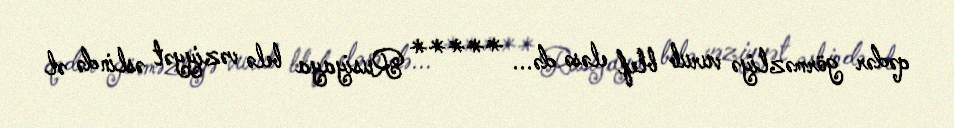
qədər görməzliyə vurub blef eləsə də... ***** Rusiyaya belə vəziyyət əslində əl